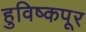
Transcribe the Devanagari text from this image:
हुविष्कपूर